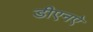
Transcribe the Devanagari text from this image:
डीएनऐ